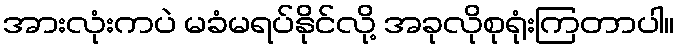
အားလုံးကပဲ မခံမရပ်နိုင်လို့ အခုလိုစုရုံးကြတာပါ။